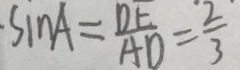
\cdot \sin A = \frac { D E } { A D } = \frac { 2 } { 3 }